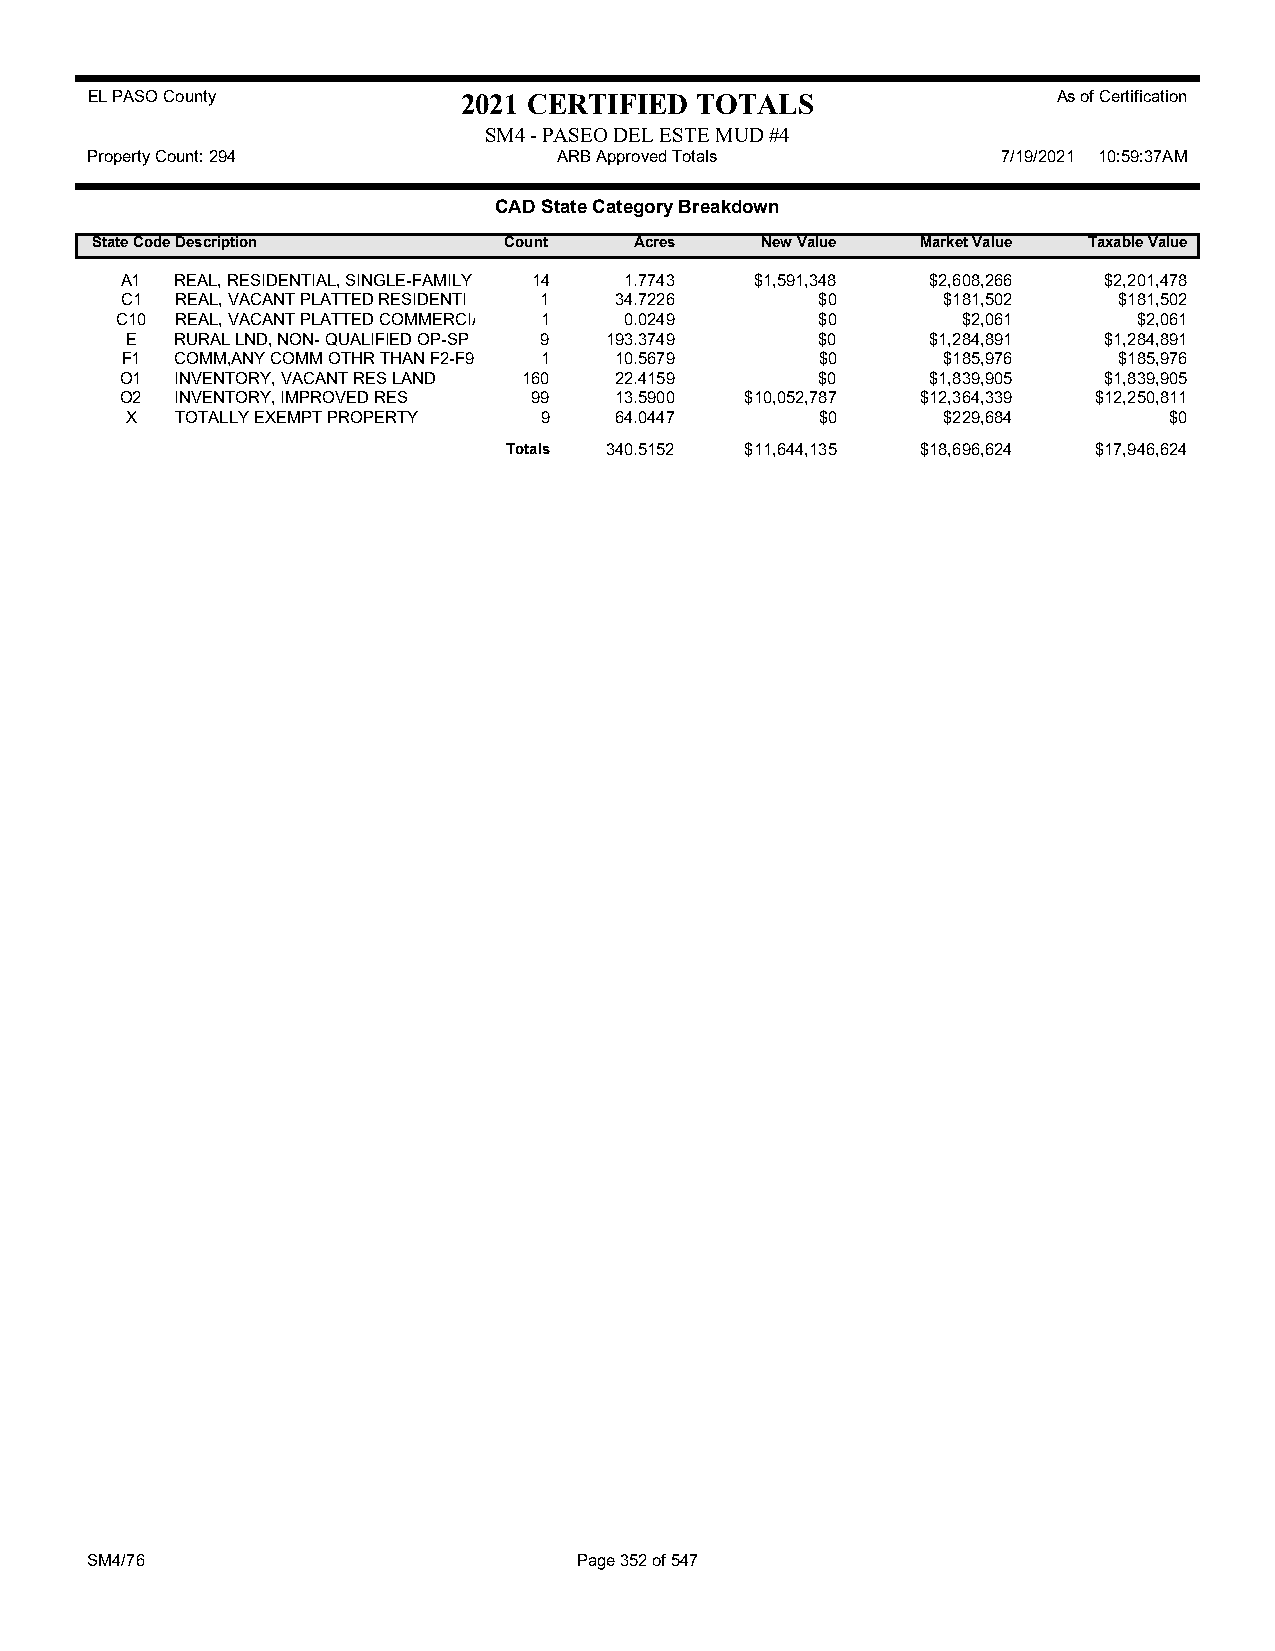
EL PASO County           2021 CERTIFIED TOTALS                  As of Certification
 SM4 - PASEO DEL ESTE MUD #4
 Property Count: 294            ARB Approved Totals          7/19/2021 10:59:37AM
 CAD State Category Breakdown
 State CodeDescription      Count    Acres   New Value  Market Value Taxable Value
 A1  REAL, RESIDENTIAL, SINGLE-FAMILY 14 1.7743 $1,591,348 $2,608,266 $2,201,478
 C1  REAL, VACANT PLATTED RESIDENTI 1 34.7226  $0      $181,502    $181,502
 C10 REAL, VACANT PLATTED COMMERCIA 1 0.0249   $0        $2,061     $2,061
 E   RURAL LND, NON- QUALIFIED OP-SP 9 193.3749 $0     $1,284,891 $1,284,891
 F1  COMM,ANY COMM OTHR THAN F2-F9 1 10.5679   $0      $185,976    $185,976
 O1  INVENTORY, VACANT RES LAND 160 22.4159    $0      $1,839,905 $1,839,905
 O2  INVENTORY, IMPROVED RES 99   13.5900 $10,052,787 $12,364,339 $12,250,811
 X   TOTALLY EXEMPT PROPERTY 9    64.0447      $0      $229,684       $0
 Totals 340.5152 $11,644,135 $18,696,624 $17,946,624
 SM4/76                          Page 352 of 547